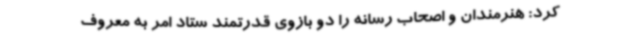
کرد: هنرمندان و اصحاب رسانه را دو بازوی قدرتمند ستاد امر به معروف